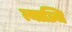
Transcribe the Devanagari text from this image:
त्याञ्चि